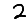
Digit: 2